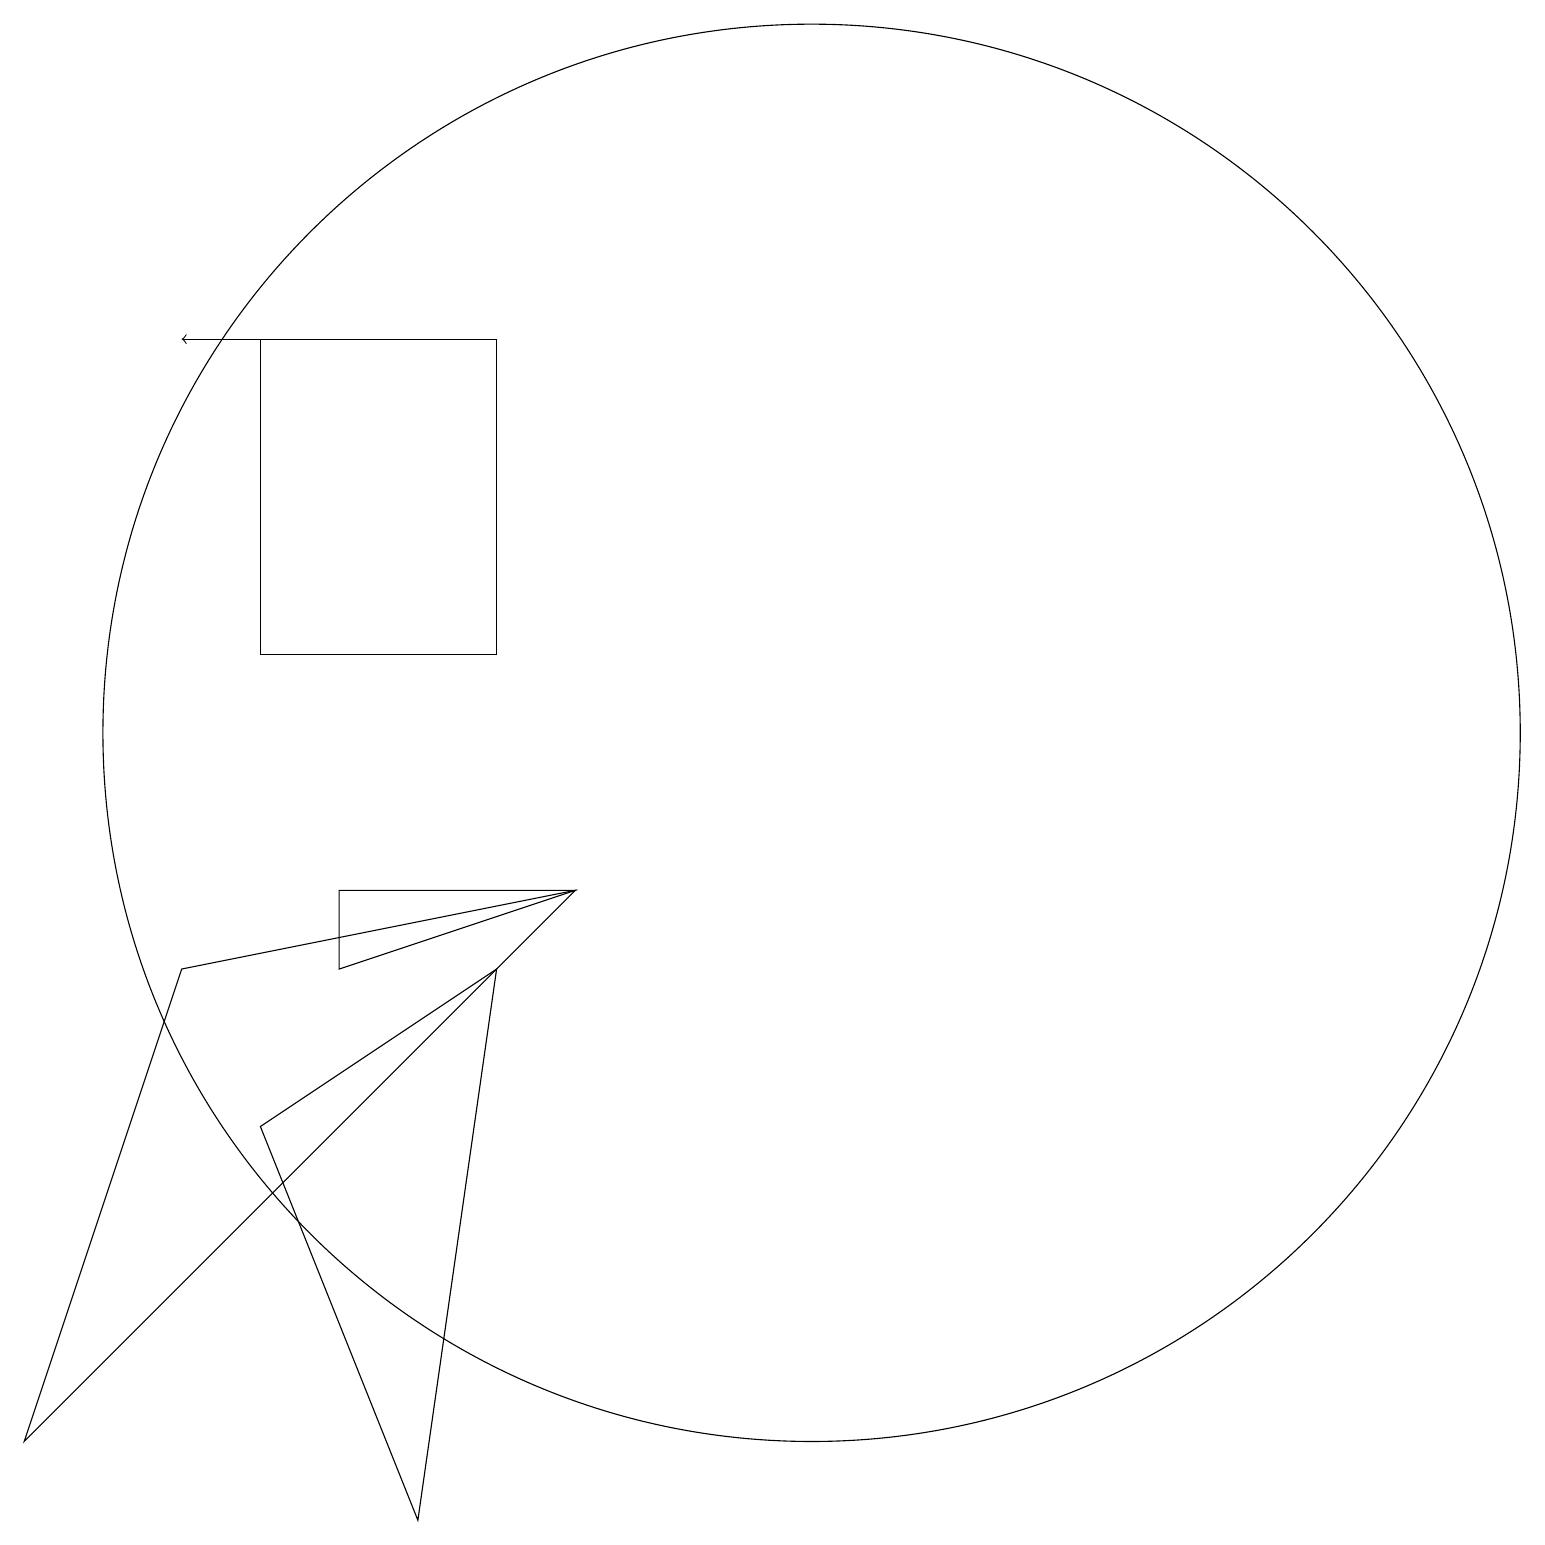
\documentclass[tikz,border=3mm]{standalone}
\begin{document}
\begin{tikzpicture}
\draw (2,8) -- (7,9) -- (0,2) -- cycle;
\draw (10,11) circle (9);
\draw[->] (3,16) -- (2,16);
\draw (7,9) -- (4,9) -- (4,8) -- cycle;
\draw (6,12) rectangle (3,16);
\draw (3,6) -- (6,8) -- (5,1) -- cycle;
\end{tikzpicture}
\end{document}